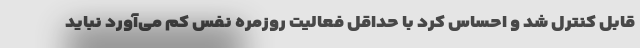
قابل کنترل شد و احساس کرد با حداقل فعالیت روزمره نفس کم می‌آورد نباید